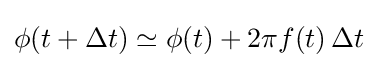
\phi (t+\Delta t)\simeq \phi (t)+2\pi f(t)\,\Delta t